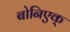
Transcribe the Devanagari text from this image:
बोनिएक्